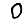
Digit: 0